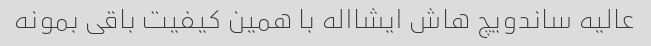
عالیه ساندویچ هاش ایشااله با همین کیفیت باقی بمونه